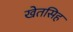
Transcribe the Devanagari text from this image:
खेतसिह